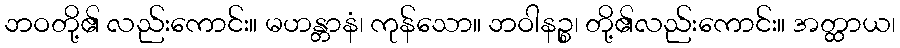
ဘဝတို့၏ လည်းကောင်း။ မဟန္တာနံ၊ ကုန်သော။ ဘဝါနဉ္စ၊ တို့၏လည်းကောင်း။ အတ္ထာယ၊